Report of the Indian Hemp Drugs Commission, 1894-1895 - Volume VIII
Year: 1894
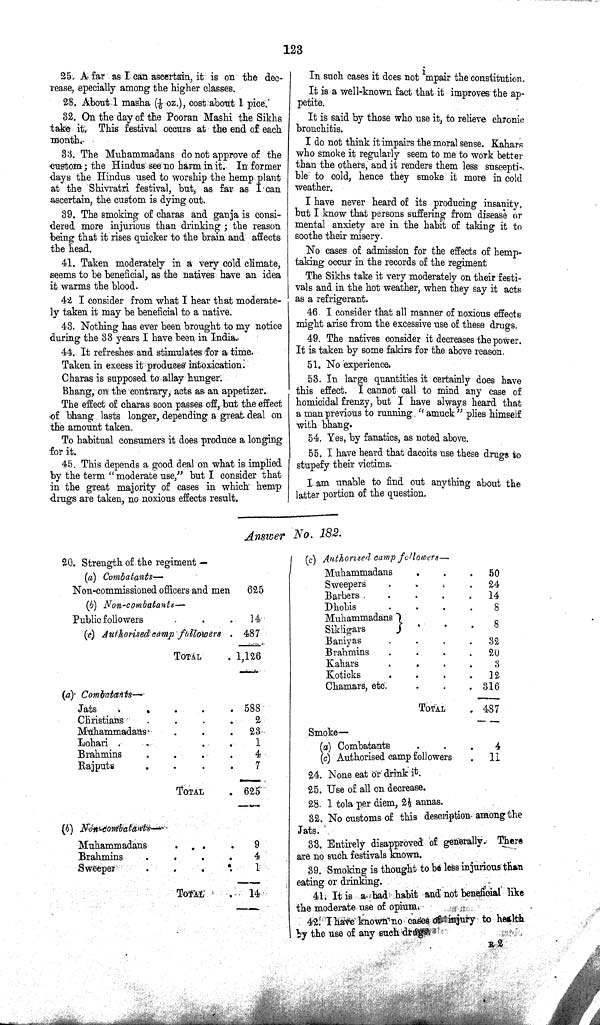
123
25. A far as I can ascertain, it is on the dec¬
rease, epecially among the higher classes.
28. About 1 masha (1/6 oz.), cost about 1 pice.
32. On the day of the Pooran Mashi the Sikhs
take it. This festival occurs at the end of each
month.
33. The Muhammadans do not approve of the
custom; the Hindus see no harm in it. In former
days the Hindus used to worship the hemp plant
at the Shivratri festival, but, as far as I can
ascertain, the custom is dying out.
39. The smoking of charas and ganja is consi¬
dered more injurious than drinking; the reason
being that it rises quicker to the brain and affects
the head.
41. Taken moderately in a very cold climate,
seems to be beneficial, as the natives have an idea
it warms the blood.
42 I consider from what I hear that moderate¬
ly taken it may be beneficial to a native.
43. Nothing has ever been brought to my notice
during the 33 years I have been in India.
44. It refreshes and stimulates for a time.
Taken in excess it produces intoxication.
Charas is supposed to allay hunger.
Bhang, on the contrary, acts as an appetizer.
The effect of charas soon passes off, but the effect
of bhang lasts longer, depending a great deal on
the amount taken.
To habitual consumers it does produce a longing
for it.
45. This depends a good deal on what is implied
by the term "moderate use," but I consider that
in the great majority of cases in which hemp
drugs are taken, no noxious effects result.
In such cases it does not mpair the constitution.
It is a well-known fact that it improves the ap¬
petite.
It is said by those who use it, to relieve chronic
bronchitis.
I do not think it impairs the moral sense. Kahars
who smoke it regularly seem to me to work better
than the others, and it renders them less suseepti-.
ble to cold, hence they smoke it more in cold
weather.
I have never heard of its producing insanity.
but I know that persons suffering from disease or
mental anxiety are in the habit of taking it to
soothe their misery.
No cases of admission for the effects of hemp-
taking occur in the records of the regiment
The Sikhs take it very moderately on their festi¬
vals and in the hot weather, when they say it acts
as a refrigerant.
46. I consider that all manner of noxious effects
might arise from the excessive use of these drugs.
49. The natives consider it decreases the power.
It is taken by some fakirs for the above reason.
51. No experience.
53. In large quantities it certainly does have
this effect. I cannot call to mind any case of
homicidal frenzy, but I have always heard that
a man previous to running "amuck" plies himself
with bhang.
54. Yes, by fanatics, as noted above.
55. I have heard that dacoits use these drags to
stupefy their victims.
I am unable to find out anything about the
latter portion of the question.
Answer No. 182.
20. Strength of the regiment —
(a) Combatants—
Non-commissioned officers and men
625
(b) Non-combatants—
Public followers
14
(c) Authorised camp followers
487
TOTAL
1,126
(a) Combatants—
Jats
588
Christians
2
Muhammadans
23
Lohari
1
Brahmins
4
Rajputs
7
TOTAL
625
(b) Non-combatants—
Muhammadans
9
Brahmins
4
Sweeper
1
TOTAL
14
(c) Authorised camp followers—
Muhammadans
50
Sweepers
24
Barbers
14
Dhobis
8
Muhammadans
8
Sikligars
8
Baniyas
32
Brahmins
20
Kahars
3
Koticks
12
Chamars, etc.
316
TOTAL
487
Smoke—
(a) Combatants
4
(c) Authorised camp followers
11
24. None eat or drink it.
25. Use of all on decrease.
28. 1 tola per diem, 21/2 annas.
32. No customs of this description- among the
Jats.
33. Entirely disapproved of generally. There
are no such festivals known.
39. Smoking is thought to be less injurious than
eating or drinking.
41. It is a bad habit and not beneficial like
the moderate use of opium.
42. I have known no cases of injury to health
by the use of any such drugs
R 2